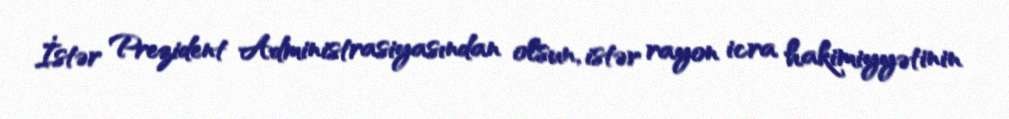
İstər Prezident Administrasiyasından olsun, istər rayon icra hakimiyyətinin